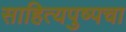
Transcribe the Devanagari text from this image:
साहित्यपुष्पचा